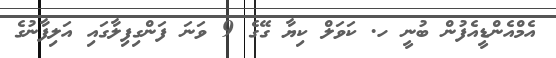
އެމްއެންޑީއެފުން ބުނީ ހ. ކަވަލް ކިޔާ ގޭގެ 9 ވަނަ ފަންގިފިލާގައި އަލިފާނުގެ